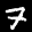
Label: 7